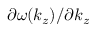
\partial \omega ( k _ { z } ) / \partial k _ { z }